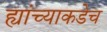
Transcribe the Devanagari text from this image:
ह्यांच्याकडेच